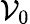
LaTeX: {\cal V}_{0}